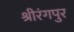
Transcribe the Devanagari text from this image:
श्रीरंगपुर